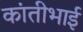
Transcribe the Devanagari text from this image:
कांतीभाई